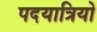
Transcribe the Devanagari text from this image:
पदयात्रियो